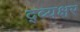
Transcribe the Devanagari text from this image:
द्व्यक्षर